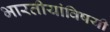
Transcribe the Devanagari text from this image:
भारतीयांविषयी